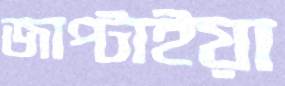
জাপ্‌টাইয়া